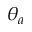
\theta _ { a }